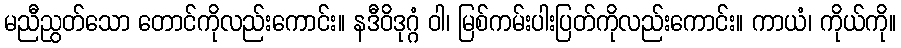
မညီညွတ်သော တောင်ကိုလည်းကောင်း။ နဒီဝိဒုဂ္ဂံ ဝါ၊ မြစ်ကမ်းပါးပြတ်ကိုလည်းကောင်း။ ကာယံ၊ ကိုယ်ကို။